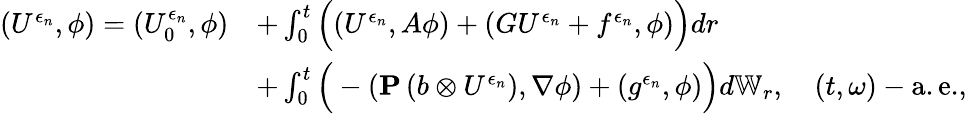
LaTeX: \begin{array}{rl}{(U^{\epsilon_{n}},\phi)=(U_{0}^{\epsilon_{n}},\phi)}&{+\int_{0}^{t}\Big((U^{\epsilon_{n}},A\phi)+(GU^{\epsilon_{n}}+f^{\epsilon_{n}},\phi)\Big)dr}\\ &{+\int_{0}^{t}\Big(-(\mathbf{P}\left(b\otimes U^{\epsilon_{n}}\right),\nabla\phi)+(g^{\epsilon_{n}},\phi)\Big)d\mathbb{W}_{r},\quad(t,\omega)-\mathrm{a.e.},}\end{array}